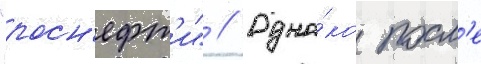
"росн'ефт'и" // Одна́ко посл'е